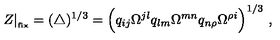
Z | _ { \phantom { } _ { \mathrm { f i x } } } = ( \triangle ) ^ { 1 / 3 } = \Bigl ( q _ { i j } \Omega ^ { j l } q _ { l m } \Omega ^ { m n } q _ { n \rho } \Omega ^ { \rho i } \Bigr ) ^ { 1 / 3 } \ ,